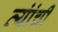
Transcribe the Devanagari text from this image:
त्यांंची